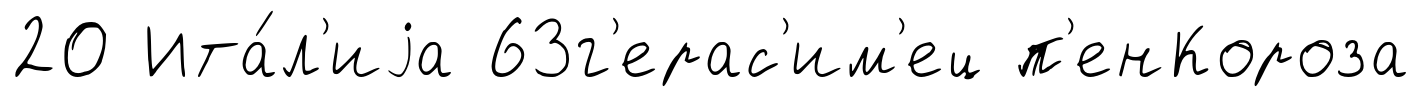
20 Ита́л'иjа 63г'ерас'им'ец п'енКороза